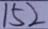
1 5 2